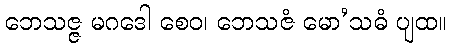
ဘေသဇ္ဇ မဂဒေါ စေဝ၊ ဘေသဇံ မော’သဓံ ပျထ။